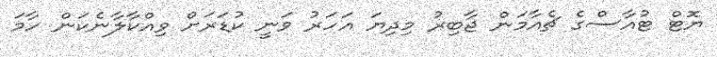
ޔޮޓް ޓުއާސްގެ ޗެއާމަން ޖާބިރު މިދިޔަ އަހަރު ވަނީ ކުޑަރަށް ވިއްކާލާނެކަން ހާމަ